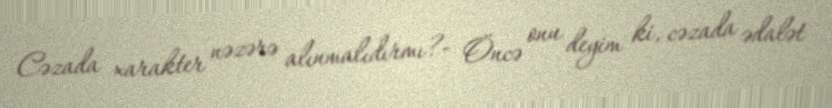
Cəzada xarakter nəzərə alınmalıdırmı?- Öncə onu deyim ki, cəzada ədalət